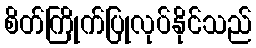
စိတ်ကြိုက်ပြုလုပ်နိုင်သည်